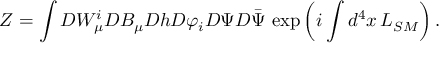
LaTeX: Z = \int { \cal D } W _ { \mu } ^ { i } { \cal D } B _ { \mu } { \cal D } h { \cal D } \varphi _ { i } { \cal D } \Psi { \cal D } \bar { \Psi } \, \exp \left( i \int d ^ { 4 } x \, { \cal L } _ { S M } \right) .